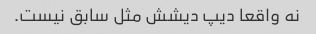
نه واقعا دیپ دیشش مثل سابق نیست.